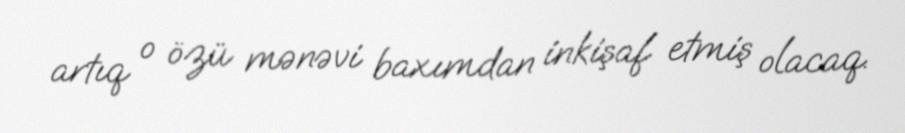
artıq o özü mənəvi baxımdan inkişaf etmiş olacaq.